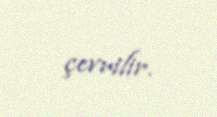
çevrilir.